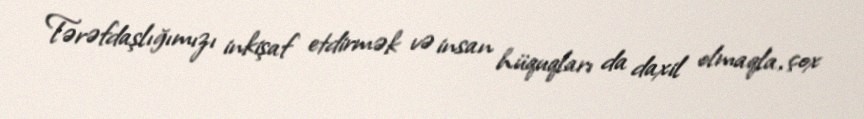
Tərəfdaşlığımızı inkişaf etdirmək və insan hüquqları da daxil olmaqla, çox